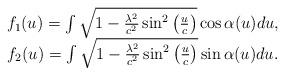
LaTeX: \begin{align*}\begin{array}{c}f_{1}(u)=\int \sqrt{1-\frac{\lambda ^{2}}{c^{2}}\sin ^{2}\left( \frac{u}{c}\right) }\cos \alpha (u)du, \\ f_{2}(u)=\int \sqrt{1-\frac{\lambda ^{2}}{c^{2}}\sin ^{2}\left( \frac{u}{c}\right) }\sin \alpha (u)du.\end{array}\end{align*}